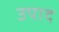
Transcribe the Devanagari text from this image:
उपाद